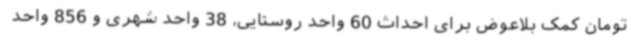
تومان کمک بلاعوض برای احداث 60 واحد روستایی، 38 واحد شهری و 856 واحد